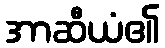
အာဆီယံ၏